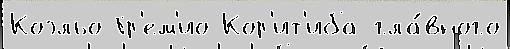
Коэльо Гр'ем'ио Кор'ит'иба гла́вного